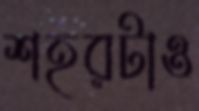
শহরটাও